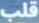
قلب